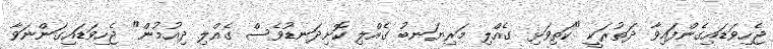
ޖެހިވަޑައިގެންފައިވާ ދަތުރަކީ "ކަތިވަޅި ގެއްލި މަރިޔަނބު ގެއްލި ކޮށިދަނޑުވެސް ގެއްލި ދިއުމުން" ޖެހިވަޑައިގަންނަވާ